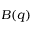
B ( q )